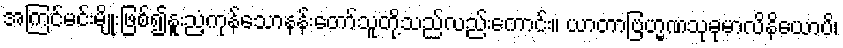
အကြင်မင်းမျိုးဖြစ်၍နူးညံ့ကုန်သောနန်းတော်သူတို့သည်လည်းကောင်း။ ယာတာဗြဟ္မဏသုခုမာလိနိယောပိ၊